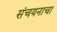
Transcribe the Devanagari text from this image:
संचयनाचा